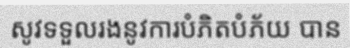
សូវទទួលរងនូវការបំភិតបំភ័យ បាន